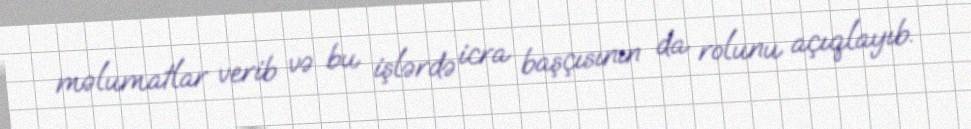
məlumatlar verib və bu işlərdə icra başçısının da rolunu açıqlayıb.